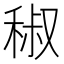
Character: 𥟧